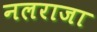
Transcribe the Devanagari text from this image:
नलराजा